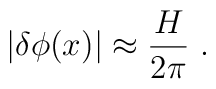
|\delta\phi(x)| \approx \frac{H}{2\pi}\ .